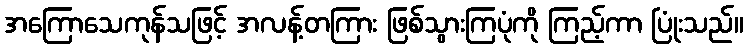
အကြောသေကုန်သဖြင့် အလန့်တကြား ဖြစ်သွားကြပုံကို ကြည့်ကာ ပြုံးသည်။